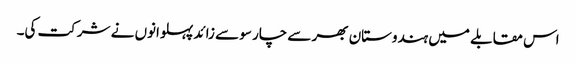
اس مقابلے میں ہندوستان بھر سے چار سو سے زائد پہلوانوں نے شرکت کی۔